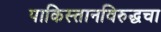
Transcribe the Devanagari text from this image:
पाकिस्तानविरुद्धचा